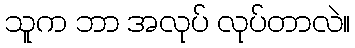
သူက ဘာ အလုပ် လုပ်တာလဲ။